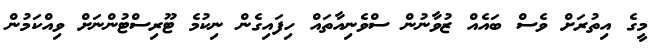
މީގެ އިތުރަށް ވެސް ބައެއް ޒުވާނުން ސްވެނިއާތައް ހިފައިގެން ނިކުމެ ޓޫރިސްޓުންނަށް ވިއްކަމުން